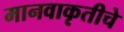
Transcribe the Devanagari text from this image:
मानवाकृतीचे